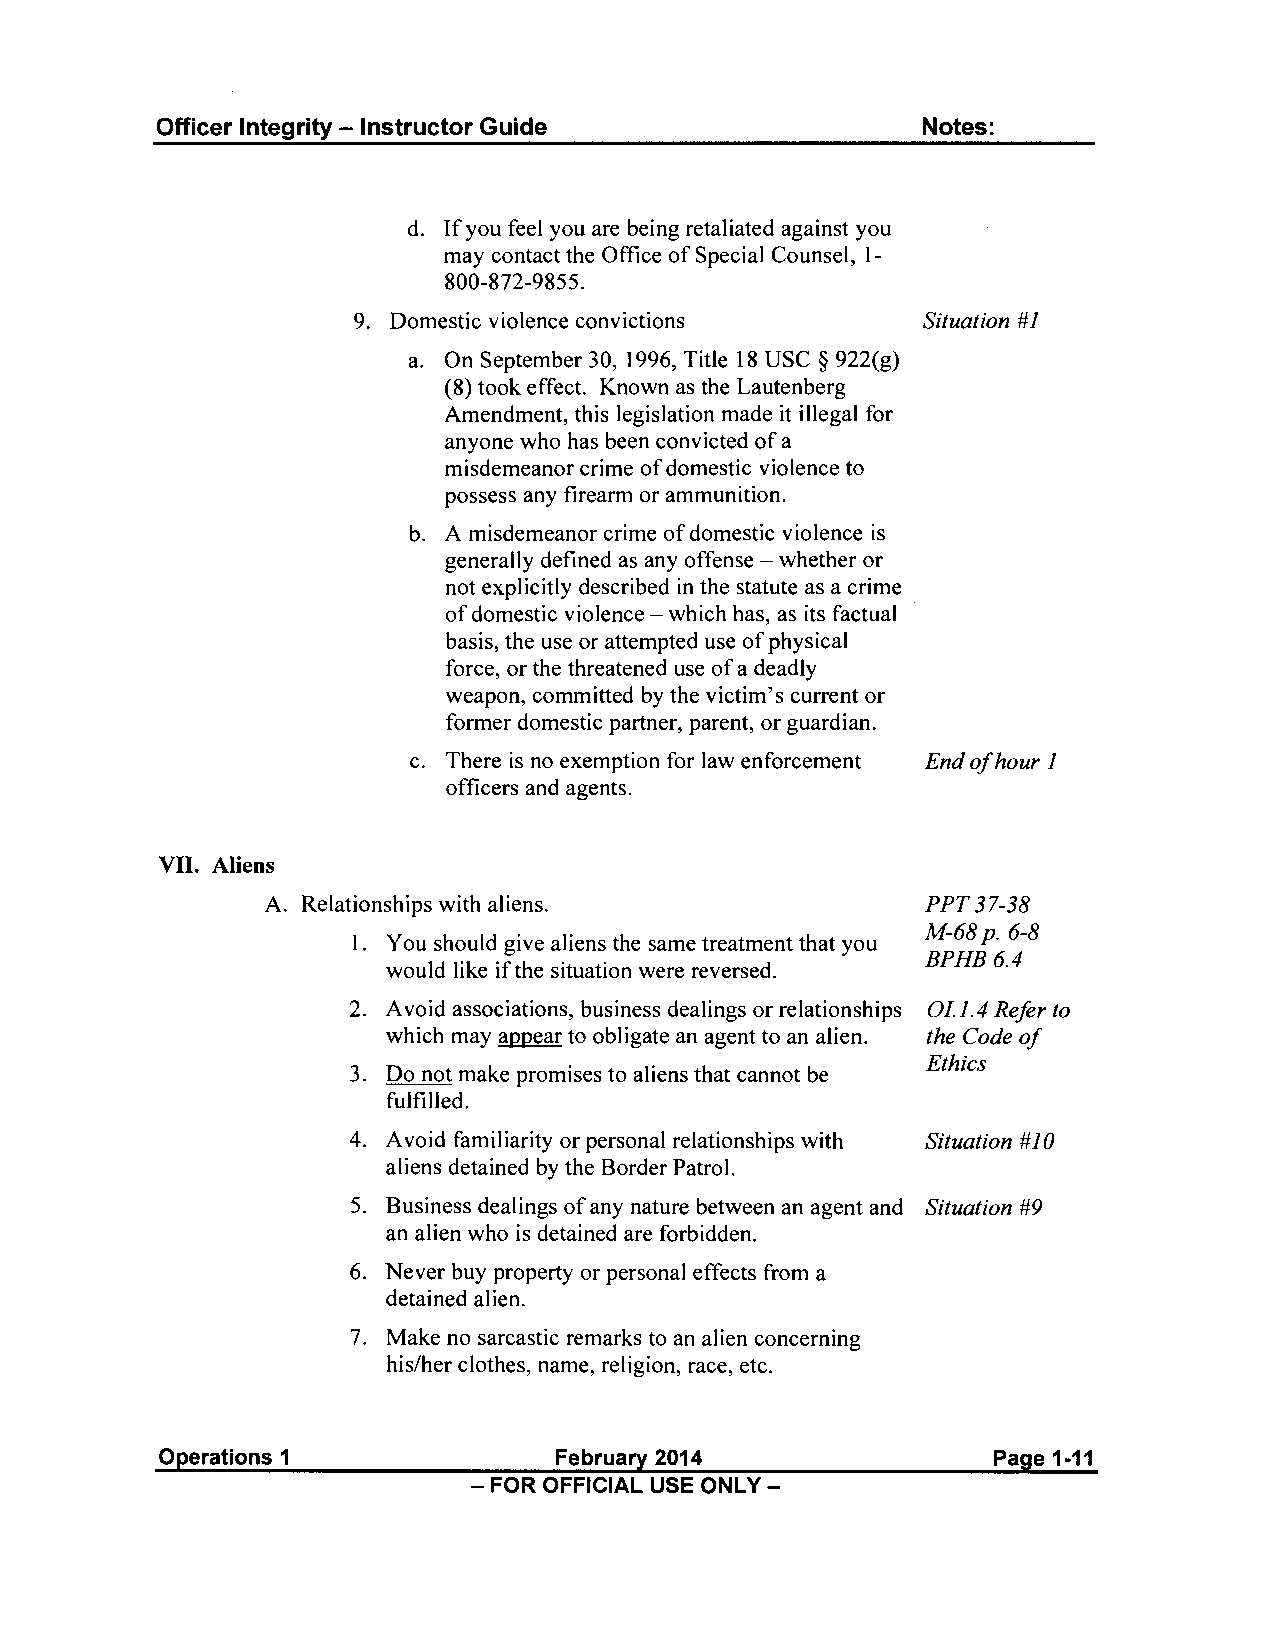
Officer Integrity - Instructor Guide               Notes:
 d. If you feel you are being retaliated against you
 may contact the Office of Special Counsel, 1-
 800-872-9855.
 9. Domestic violence convictions      Situation #1
 a. On September 30, 1996, Title 18 USC § 922(g)
 (8) took effect. Known as the Lautenberg
 Amendment, this legislation made it illegal for
 anyone who has been convicted of a
 misdemeanor crime of domestic violence to
 possess any firearm or ammunition.
 b. A misdemeanor crime of domestic violence is
 generally defined as any offense - whether or
 not explicitly described in the statute as a crime
 of domestic violence - which has, as its factual
 basis, the use or attempted use of physical
 force, or the threatened use of a deadly
 weapon, committed by the victim's current or
 former domestic partner, parent, or guardian.
 c. There is no exemption for law enforcement End of hour 1
 officers and agents.
 VII. Aliens
 A. Relationships with aliens.              PPT 37-38
 M-68p. 6-8
 1. You should give aliens the same treatment that you
 BPHB6.4
 would like if the situation were reversed.
 2. A void associations, business dealings or relationships OIJ.4 Refer to
 which may appear to obligate an agent to an alien. the Code of
 Ethics
 3. Do not make promises to aliens that cannot be
 fulfilled.
 4. A void familiarity or personal relationships with Situation #JO
 aliens detained by the Border Patrol.
 5. Business dealings of any nature between an agent and Situation #9
 an alien who is detained are forbidden.
 6. Never buy property or personal effects from a
 detained alien.
 7. Make no sarcastic remarks to an alien concerning
 his/her clothes, name, religion, race, etc.
 Operations 1              February 2014                Page 1-11
 - FOR OFFICIAL USE ONLY -